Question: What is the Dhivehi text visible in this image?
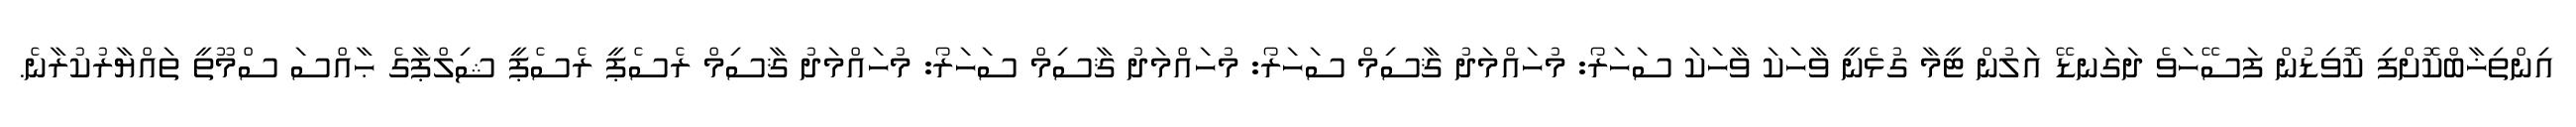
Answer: އިންތިޚާބްކޮށްފި ކޮވިޑުން ފަސޭހަވެ ދަގަނޑޭ އަލުން ޓީމާ ގުޅެނީ ވާހަކަ ވާހަކަ ސަހަރޯ: މުހައްމަދު ޤާސިމް ސަހަރޯ: މުހައްމަދު ޤާސިމް ސަހަރޯ: މުހައްމަދު ޤާސިމް ރެސެޕީ ރެސެޕީ ޝިލްޕާގެ ޙާއްސަ ސްމޫތީ ތައްޔާރުކުރާނެ.